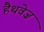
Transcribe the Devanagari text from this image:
हैथवेज़